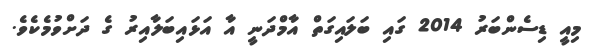
މިއީ ޑިސެންބަރު 2014 ގައި ބަލައިގަތް އާމްދަނީ އާ އަޅައިބަލާއިރު ގެ ދަށްވުމެކެވެ.